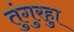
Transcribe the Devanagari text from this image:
तुंगुरहुा